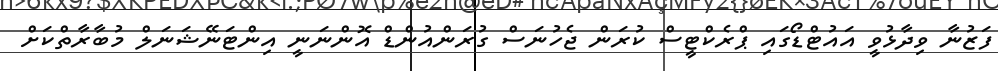
ފަޒުނާ ވިދާޅުވީ އައުޓްޑޯގައި ޕްރެކްޓީސް ކުރަން ޖެހުނަސް ގުރަންއުންޑް އޮންނަނީ އިންޓަނޭޝަނަލް މުބާރާތްކަށް